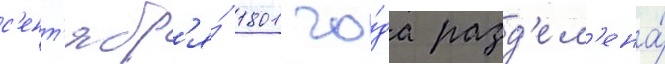
с'ент'ябр'я́ 1801 го́да разд'ел'ена́